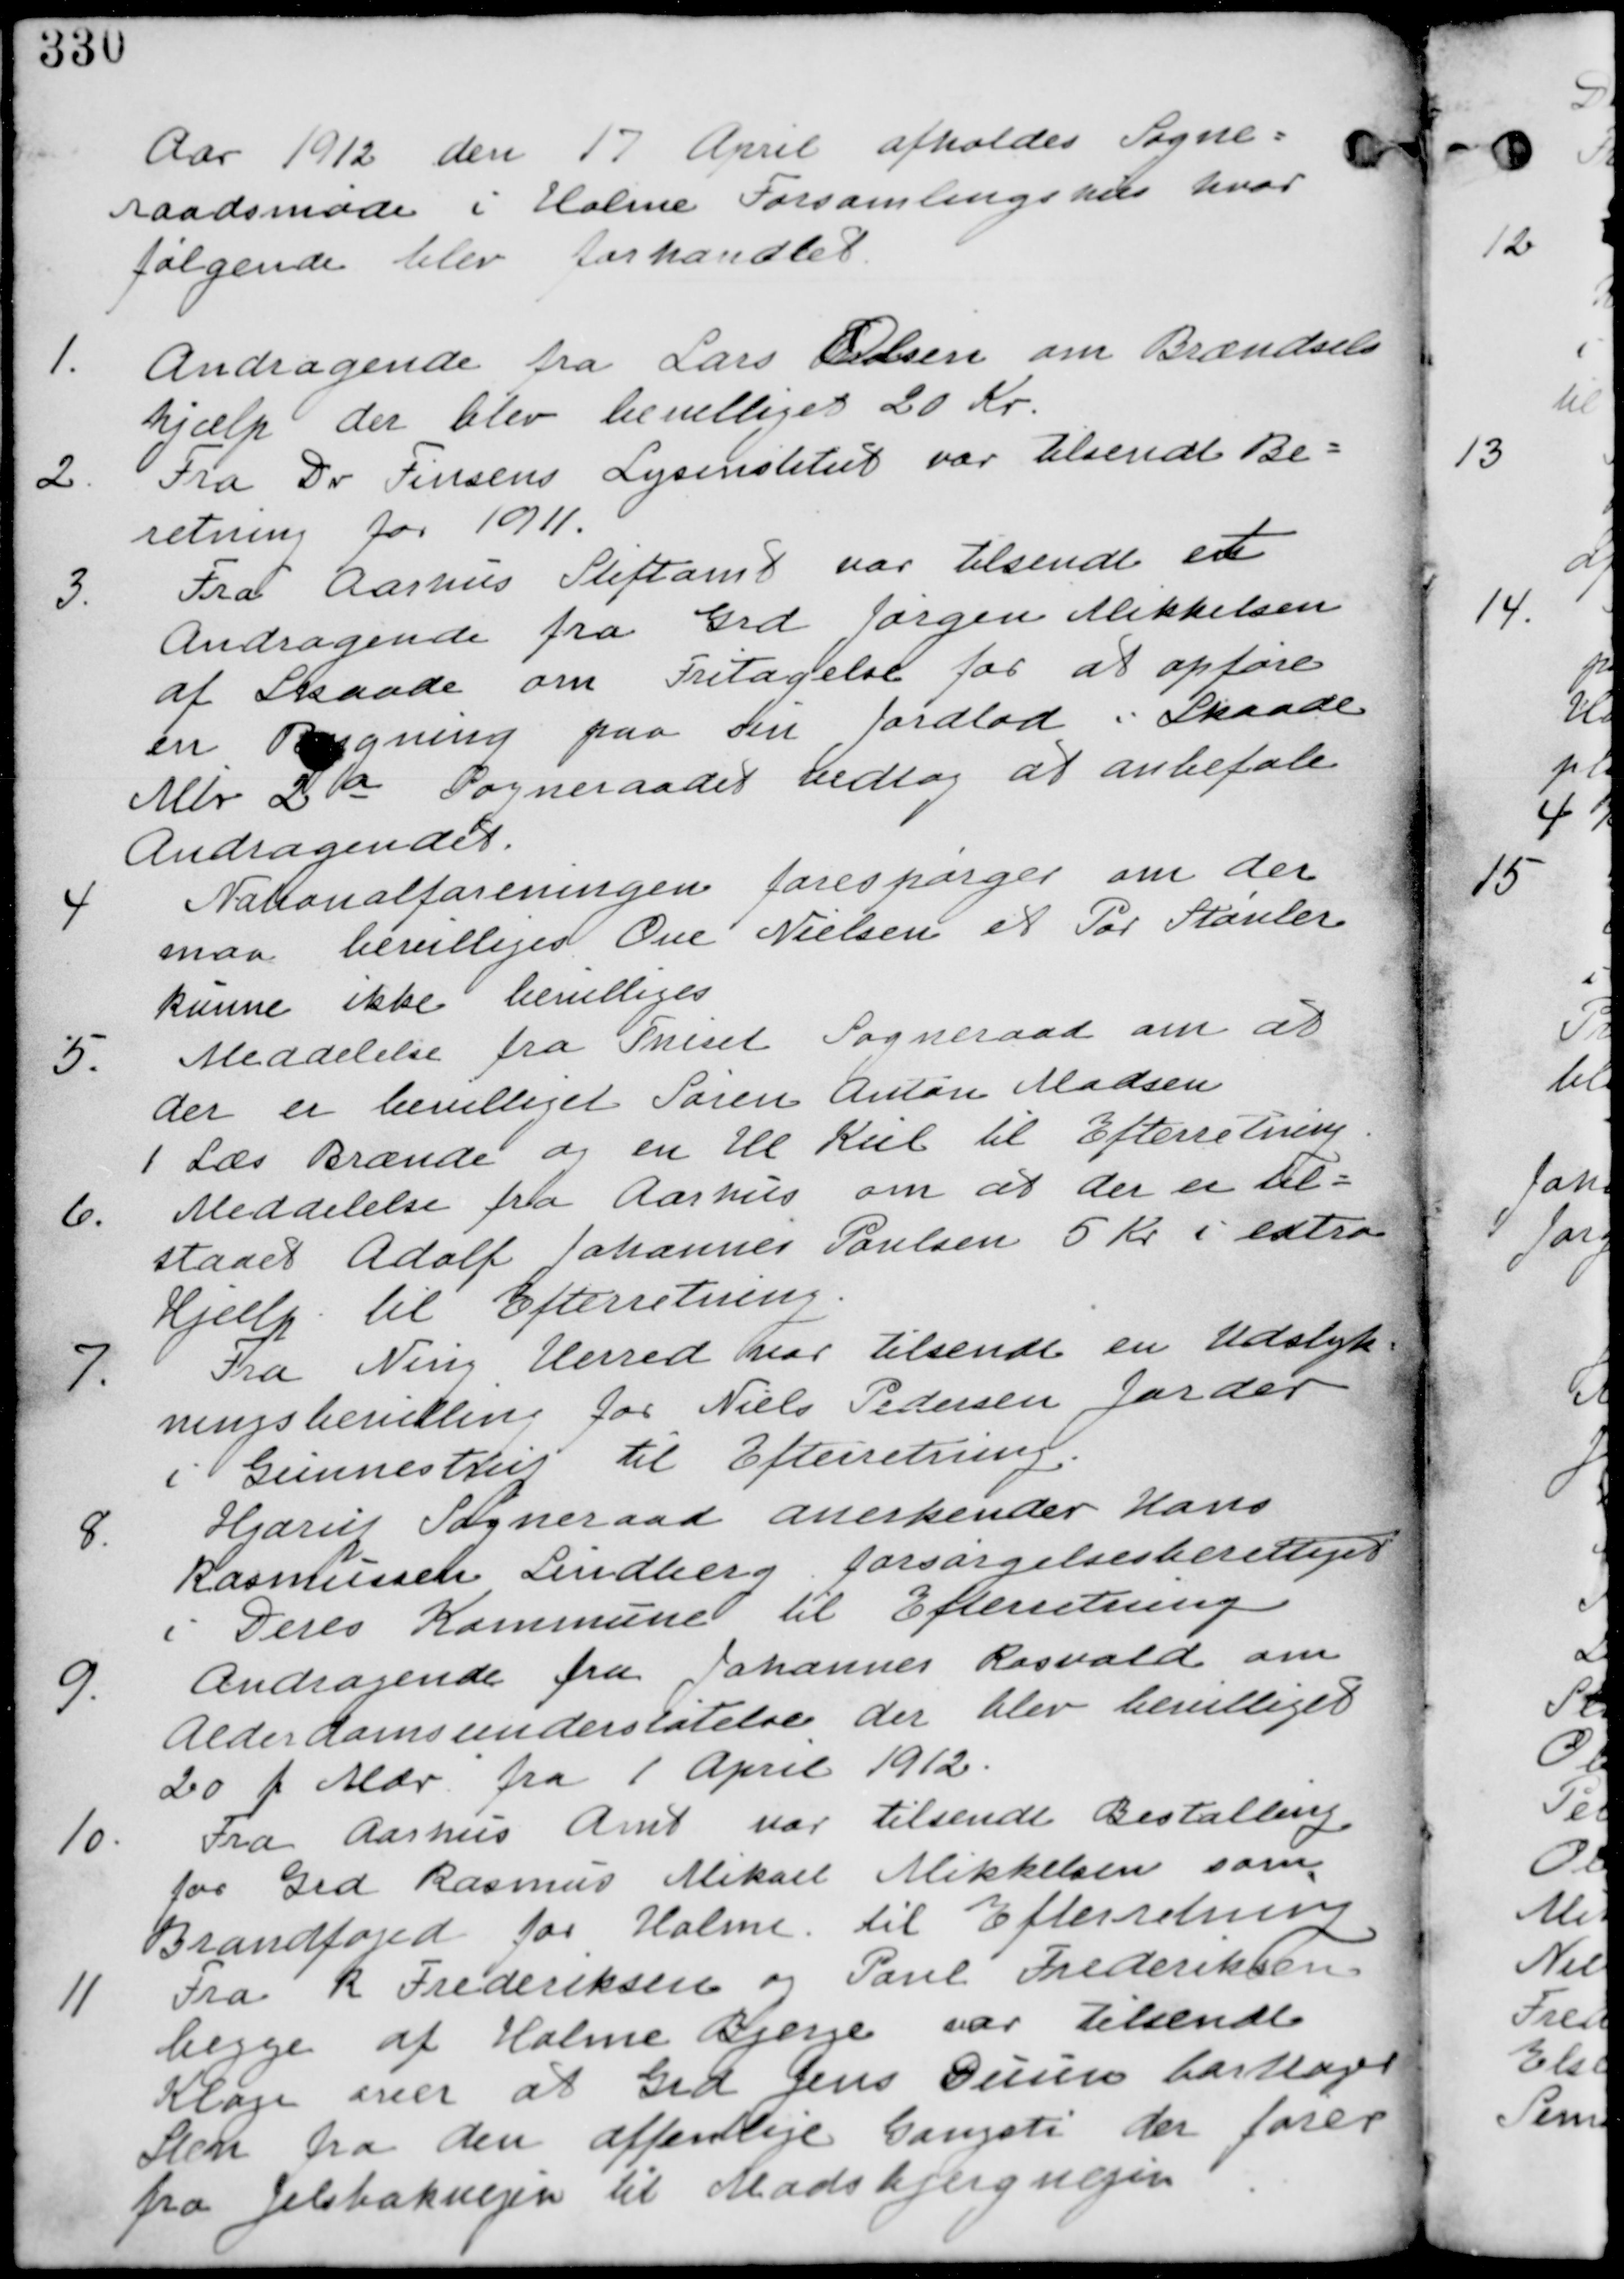
Transskription:
Aar 1912 den 17. April afholdes Sogne-
raadsmøde i Holme Forsamlingshus hvor
følgende blev behandlet.

1. Andragende fra Lars Olsen om Brændsels
hjælp der blev bevilliget 20 Kr.

2. Fra Dr. Finsens Lysinstitut var tilsend Be-
retning for 1911.

3.
Fra Aarhus Stiftamt var tilsendt et
Andragende fra Grd Jørgen Mikkelsen
af Skaade om fritagelse for at opføre
en Bygning paa sin Jordlod i Skaade
Mtr 2a Sogneraadet vedtog at anbefale
Andragendet.

4.
Nationalforeningen forespørger om der
maa bebevilliges Ove Nielsen et par støvler
kunne ikke bevilliges.

5.
Meddelelse fra Thiset Sogneraad om at
der er bevilliget Søren Anton Madsen
1 Læs Brænde og en Ul Kul til Efterretning.

6. Meddelelse fra Aarhus om at der er til-
staaet Adolf Johannes Poulsen 5 Kr. i ekstra
Hjælp til Efterretning.

7.
Fra Ning Herred var tilsendt en Udstyk-
ningsbevilling for Niels Pedersen Jorder
i Gunnestrup til Efterretning

8.
Hjarup Sogneraad anerkender Hans
Rasmussen Lindberg forsørgelsesberettiget
i Deres Kommune til Efterretning

9.
Andragende fra Johannes Rasvoæd om
Alderdomsunderstøttelse der blev bevilliget
20 pr Mdr fra 1 April 1912.

10.
Fra Aarhus Amt var tilsendt Bestalling
for Grd Rasmus Mikael Mikkelsen som
Brandfoged for Holme til Efterretning.

11.
Fra R. Frederiksen og Paul Frederiksen
begge af Holme Bjerge var tilsendt
Klage over at Grd Jens Duus borttager
Sten fra den offentlige Gangsti der fører
fra Jelsbakvejen til Madsbjergvejen